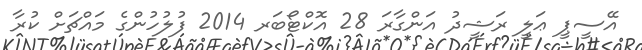
އޭސީޕީ ޢަލީ ރަޝީދު އަންގާރަ 28 އޮކްޓޯބަރ 2014 ފުލުހުންގެ މައްޗަށް ކުރާ